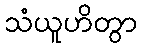
သံယူဟိတွာ